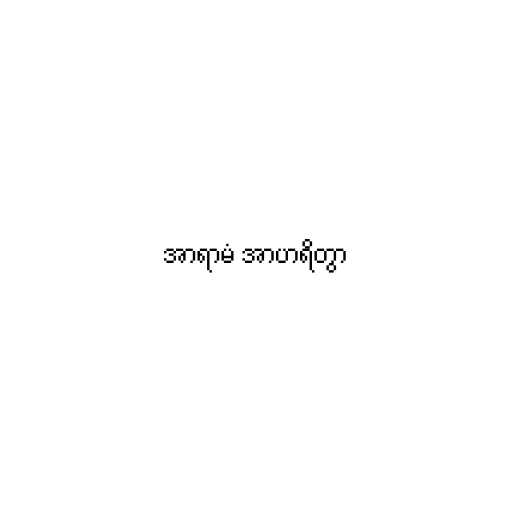
အာရာမံ အာဟရိတွာ